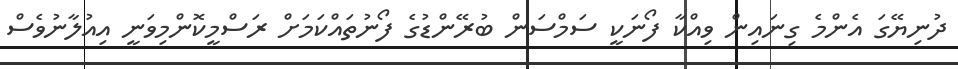
ދުނިޔޭގަ އެންމެ ގިނައިން ވިއްކާ ފޯނަކީ ސަމްސަން ބުރޭންޑުގެ ފޯނުތައްކަމަށް ރަސްމީކޮންމިވަނީ އިއުލާނުވެސް